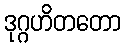
ဒုဂ္ဂဟိတတော